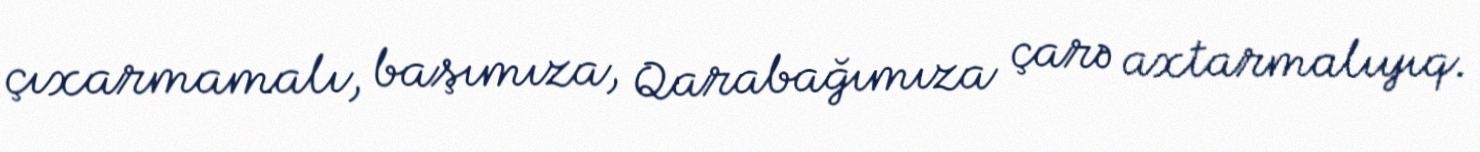
çıxarmamalı, başımıza, Qarabağımıza çarə axtarmalıyıq.